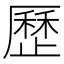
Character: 歷